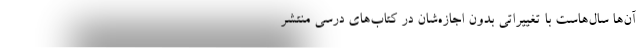
آن‌ها سال‌هاست با تغییراتی بدون اجازه‌شان در کتاب‌های درسی منتشر